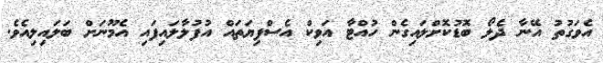
އެވަގުތު އޭނާ ދެލޯ ބޮޑުކޮށްލައިގެން ހުއްޓާ އަވިކް އެސްފިޔަތައް އުފުލާލައިފައި އެމޫނަށް ބަލައިލިއެވެ.